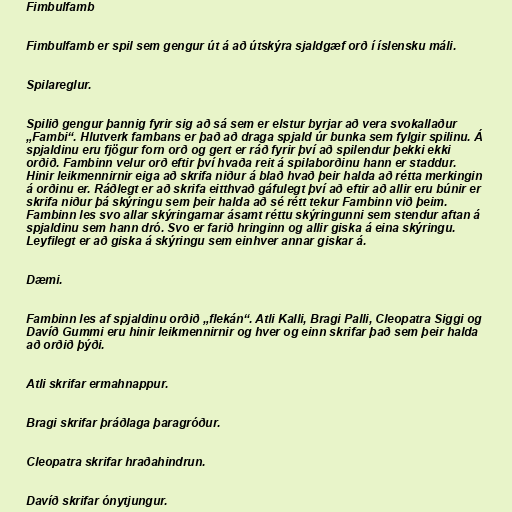
Fimbulfamb

Fimbulfamb er spil sem gengur út á að útskýra sjaldgæf orð í íslensku máli.

Spilareglur.

Spilið gengur þannig fyrir sig að sá sem er elstur byrjar að vera svokallaður
„Fambi“. Hlutverk fambans er það að draga spjald úr bunka sem fylgir spilinu. Á
spjaldinu eru fjögur forn orð og gert er ráð fyrir því að spilendur þekki ekki
orðið. Fambinn velur orð eftir því hvaða reit á spilaborðinu hann er staddur.
Hinir leikmennirnir eiga að skrifa niður á blað hvað þeir halda að rétta merkingin
á orðinu er. Ráðlegt er að skrifa eitthvað gáfulegt því að eftir að allir eru búnir er
skrifa niður þá skýringu sem þeir halda að sé rétt tekur Fambinn við þeim.
Fambinn les svo allar skýringarnar ásamt réttu skýringunni sem stendur aftan á
spjaldinu sem hann dró. Svo er farið hringinn og allir giska á eina skýringu.
Leyfilegt er að giska á skýringu sem einhver annar giskar á.

Dæmi.

Fambinn les af spjaldinu orðið „flekán“. Atli Kalli, Bragi Palli, Cleopatra Siggi og
Davíð Gummi eru hinir leikmennirnir og hver og einn skrifar það sem þeir halda
að orðið þýði.

Atli skrifar ermahnappur.

Bragi skrifar þráðlaga þaragróður.

Cleopatra skrifar hraðahindrun.

Davíð skrifar ónytjungur.